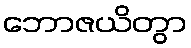
ဘောဇယိတွာ